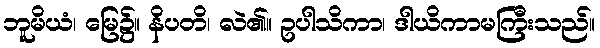
ဘူမိယံ၊ မြေ၌။ နိပတိ၊ လဲ၏။ ဥပါသိကာ၊ ဒါယိကာမကြီးသည်။